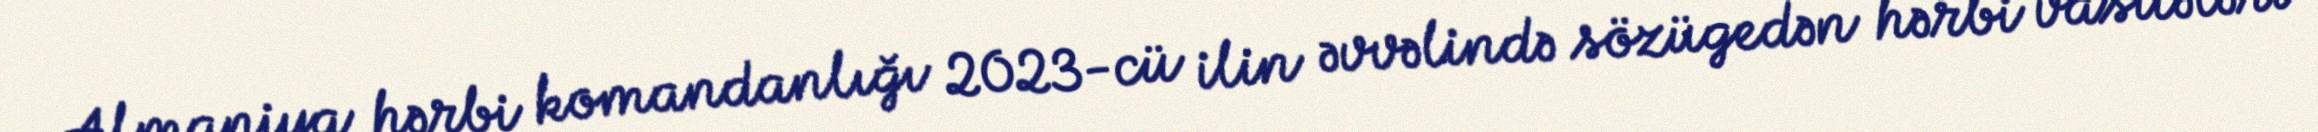
Almaniya hərbi komandanlığı 2023-cü ilin əvvəlində sözügedən hərbi vasitələri